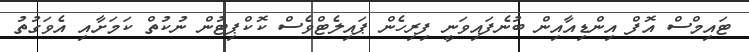
ޓައިމްސް އޮފް އިންޑިއާއިން ބުނެފައިވަނީ ފިރިހެން ޕައިލެޓްވެސް ކޮކްޕިޓުން ނުކުތް ކަމަށާއި އެވަގުތު